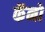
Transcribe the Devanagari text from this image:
कॅनो